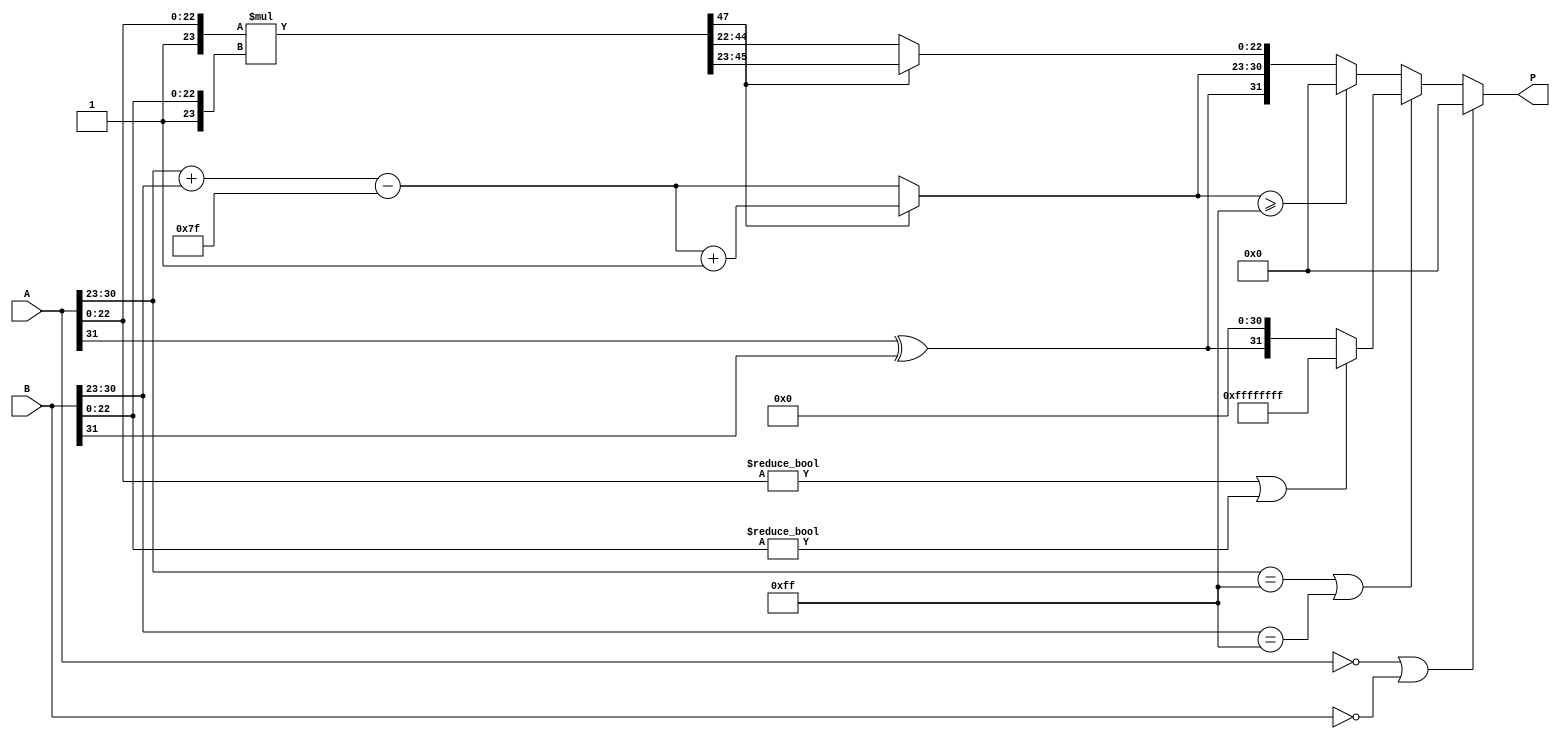
module floating_point_multiplier (
    input  wire [31:0] A,     // First operand
    input  wire [31:0] B,     // Second operand
    output reg  [31:0] P      // Product
);

    // Constants
    localparam EXPONENT_BIAS = 8'd127;
    localparam EXPONENT_MAX = 8'd255; // Maximum exponent value (255)
    
    // Sign extraction
    wire sign_A = A[31];
    wire sign_B = B[31];
    wire sign_P = sign_A ^ sign_B; // XOR for sign of product

    // Exponent extraction
    wire [7:0] exp_A = A[30:23];
    wire [7:0] exp_B = B[30:23];
    wire [7:0] exp_P = exp_A + exp_B - EXPONENT_BIAS; // Unbiased exponent

    // Mantissa extraction (with implicit leading 1)
    wire [23:0] mant_A = {1'b1, A[22:0]};
    wire [23:0] mant_B = {1'b1, B[22:0]};
    
    // Mantissa multiplication
    wire [47:0] mant_product = mant_A * mant_B; // 24 * 24 = 48 bits
    
    // Resulting exponent and mantissa
    reg [7:0] adjusted_exp;
    reg [23:0] mantissa_result;
    reg [7:0] final_exp;

    always @(*) begin
        // Default output
        P = 32'b0; 
        
        // Handle zero inputs
        if (A == 32'b0 || B == 32'b0) begin
            P = 32'b0; // Product is zero
        end else begin
            // Check for NaN and Infinity
            if (exp_A == EXPONENT_MAX || exp_B == EXPONENT_MAX) begin
                if ((A[22:0] != 23'b0) || (B[22:0] != 23'b0)) begin
                    // At least one input is NaN
                    P = {1'b1, {31{1'b1}}}; // NaN representation
                end else begin
                    // At least one input is Infinity
                    P = {sign_P, {31{1'b0}}}; // Infinity representation
                end
            end else begin
                // Normal multiplication process
                // Adjust exponent based on mantissa
                if (mant_product[47] == 1'b1) begin
                    // Normal case: mantissa fits in 24 bits
                    mantissa_result = mant_product[46:23]; // Shift right
                    adjusted_exp = exp_P + 1; // Adjust exponent
                end else begin
                    // Normalization needed: shift right
                    mantissa_result = mant_product[45:22]; // Shift right
                    adjusted_exp = exp_P; // Exponent remains the same
                end

                // Handle exponent overflow
                if (adjusted_exp >= EXPONENT_MAX) begin
                    P = {sign_P, {EXPONENT_MAX{1'b0}}}; // Set to Infinity
                end else begin
                    // Prepare final output
                    final_exp = adjusted_exp;
                    // Assemble the final product
                    P = {sign_P, final_exp, mantissa_result[22:0]};
                end
            end
        end
    end

endmodule